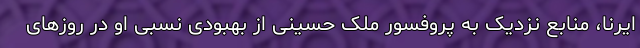
ایرنا، منابع نزدیک به پروفسور ملک حسینی از بهبودی نسبی او در روزهای